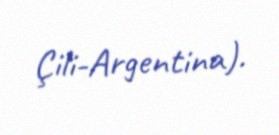
Çili-Argentina).